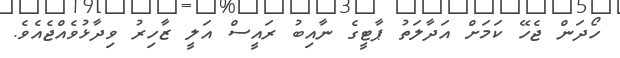
ހޯދަން ޖެހޭ ކަމަށް އަދާލަތު ޕާޓީގެ ނާއިބު ރައީސް އަލީ ޒާހިރު ވިދާޅުވެއްޖެއެވެ.